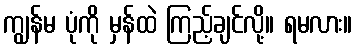
ကျွန်မ ပုံကို မှန်ထဲ ကြည့်ချင်လို့။ ရမလား။